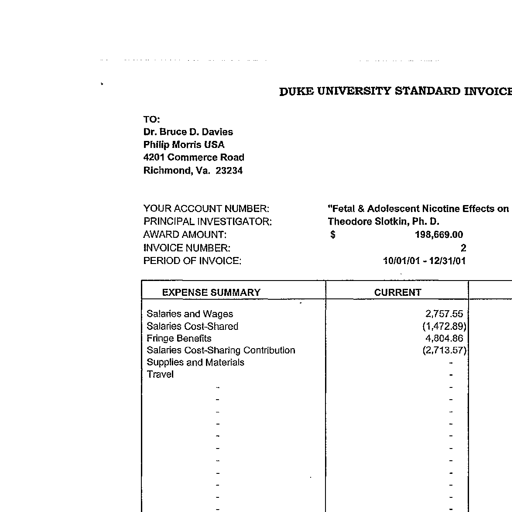
DUKE UNIVERSITY STANDARD INVOICE
TO:
Dr. Bruce D. Davies
Philip Morris USA
4201 Commerce Road
Richmond, Va. 23234
YOUR ACCOUNT NUMBER: "Fetal & Adolescent Nicotine Effects on
PRINCIPAL INVESTIGATOR: Theodore Slotkin, Ph. D.
AWARD AMOUNT: $ 198,669.00
INVOICE NUMBER: 2
PERIOD OF INVOICE: 10/01/01 - 12/31/01
EXPENSE SUMMARY CURRENT
Salaries and Wages 2,757.55
Salaries Cost-Shared (1,472.89)
Fringe Benefits 4,804.86
Salaries Cost-Sharing Contribution (2,713.57)
Supplies and Materials -
Travel -
- -
- -
- -
- -
- -
- -
- -
- -
- -
- -
- -
- -